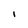
Character: I